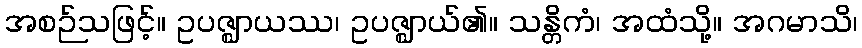
အစဉ်သဖြင့်။ ဥပဇ္ဈာယဿ၊ ဥပဇ္ဈာယ်၏။ သန္တိကံ၊ အထံသို့။ အဂမာသိ၊